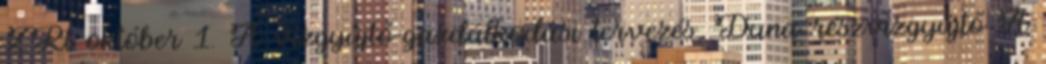
ZRt október 1. A vízgyűjtő-gazdálkodási tervezés, Duna részvízgyűjtő A